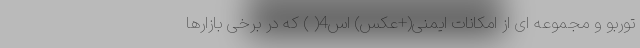
توربو و مجموعه ای از امکانات ایمنی(+عکس) اس4( ) که در برخی بازارها